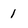
Character: 1